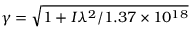
\gamma = \sqrt { 1 + I \lambda ^ { 2 } / 1 . 3 7 \times 1 0 ^ { 1 8 } }